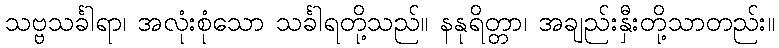
သဗ္ဗသင်္ခါရာ၊ အလုံးစုံသော သင်္ခါရတို့သည်။ နနုရိတ္တာ၊ အချည်းနှီးတို့သာတည်း။